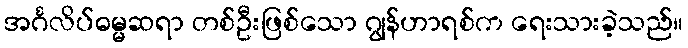
အင်္ဂလိပ်ဓမ္မဆရာ တစ်ဦးဖြစ်သော ဂျွန်ဟာရစ်က ရေးသားခဲ့သည်။